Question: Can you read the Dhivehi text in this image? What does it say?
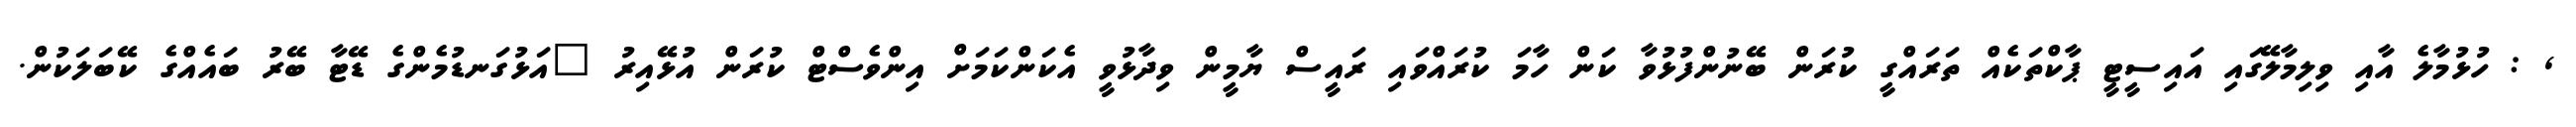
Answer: , : ހުޅުމާލެ އާއި ވިލިމާލޭގައި އައިސީޓީ ޕާކްތަކެއް ތަރައްގީ ކުރަން ބޭނުންފުޅުވާ ކަން ހާމަ ކުރައްވައި ރައީސް ޔާމީން ވިދާޅުވީ އެކަންކަމަށް އިންވެސްޓް ކުރަން އުޅޭއިރު "އަޅުގަނޑުމެންގެ ޑޭޓާ ބޭރު ބައެއްގެ ކޭބަލަކުން.